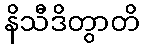
နိသီဒိတွာတိ